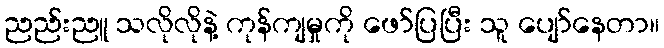
ညည်းညူ သလိုလိုနဲ့ ကုန်ကျမှုကို ဖော်ပြပြီး သူ ပျော်နေတာ။